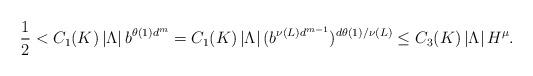
LaTeX: \begin{align*}\frac{1}{2} < C_1(K)\left|\Lambda\right|b^{\theta(1)d^m} = C_1(K)\left|\Lambda\right|(b^{\nu(L)d^{m-1}})^{d\theta(1)/\nu(L)} \leq C_3(K)\left|\Lambda\right|H^{\mu}.\end{align*}